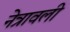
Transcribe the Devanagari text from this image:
नेत्रावली